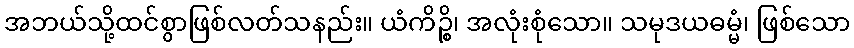
အဘယ်သို့ထင်စွာဖြစ်လတ်သနည်း။ ယံကိဉ္စိ၊ အလုံးစုံသော။ သမုဒယဓမ္မံ၊ ဖြစ်သော